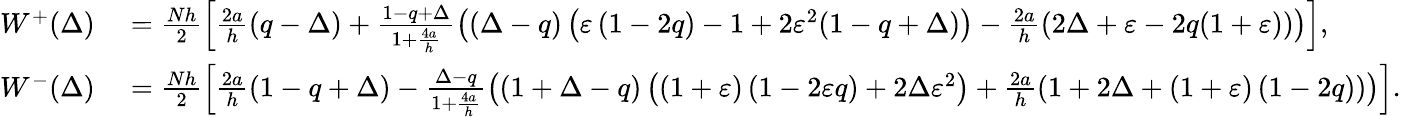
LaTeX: \begin{array}{rl}{W^{+}(\Delta)}&{{}=\frac{Nh}{2}\left[\frac{2a}{h}\left(q-\Delta\right)+\frac{1-q+\Delta}{1+\frac{4a}{h}}\left(\left(\Delta-q\right)\left(\varepsilon\left(1-2q\right)-1+2\varepsilon^{2}(1-q+\Delta)\right)-\frac{2a}{h}\left(2\Delta+\varepsilon-2q(1+\varepsilon)\right)\right)\right],}\\ {W^{-}(\Delta)}&{{}=\frac{Nh}{2}\left[\frac{2a}{h}\left(1-q+\Delta\right)-\frac{\Delta-q}{1+\frac{4a}{h}}\left(\left(1+\Delta-q\right)\left(\left(1+\varepsilon\right)\left(1-2\varepsilon q\right)+2\Delta\varepsilon^{2}\right)+\frac{2a}{h}\left(1+2\Delta+\left(1+\varepsilon\right)\left(1-2q\right)\right)\right)\right].}\end{array}